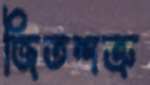
জিতশত্রু